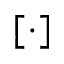
[ \cdot ]